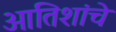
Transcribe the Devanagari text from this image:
आतिशांचे